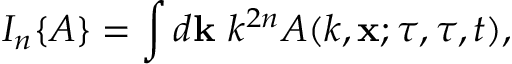
I _ { n } \{ { A } \} = \int d { \bf { k } } \ k ^ { 2 n } A ( k , { \bf { x } } ; \tau , \tau , t ) ,